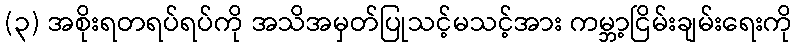
(၃) အစိုးရတရပ်ရပ်ကို အသိအမှတ်ပြုသင့်မသင့်အား ကမ္ဘာ့ငြိမ်းချမ်းရေးကို